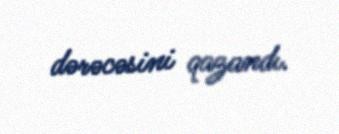
dərəcəsini qazandı.